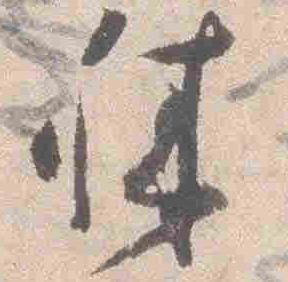
誠